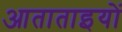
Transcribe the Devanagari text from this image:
आताताइयों